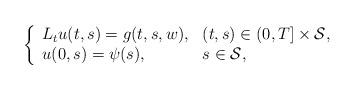
LaTeX: \begin{align*}\left\{\begin{array}{ll} L_t u(t,s) = g(t,s,w), & (t,s)\in(0,T]\times \mathcal{S},\\ u(0,s)=\psi(s), & s\in \mathcal{S},\end{array}\right.\end{align*}